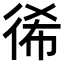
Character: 𢓬